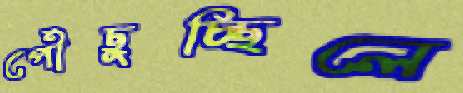
পৌঁছুচ্ছিলে